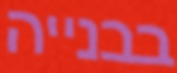
בבנייה